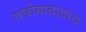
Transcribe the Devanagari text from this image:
राघोबादादाच